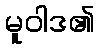
မူဝါဒ၏